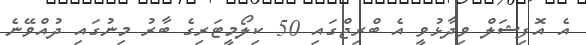
އެ އޮފިޝަލް ވިދާޅުވީ އެ ބްރިޖްގައި 50 ކިލޯމީޓަރިގެ ބާރު މިނުގައި ދުއްވޭނެ